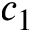
c _ { 1 }